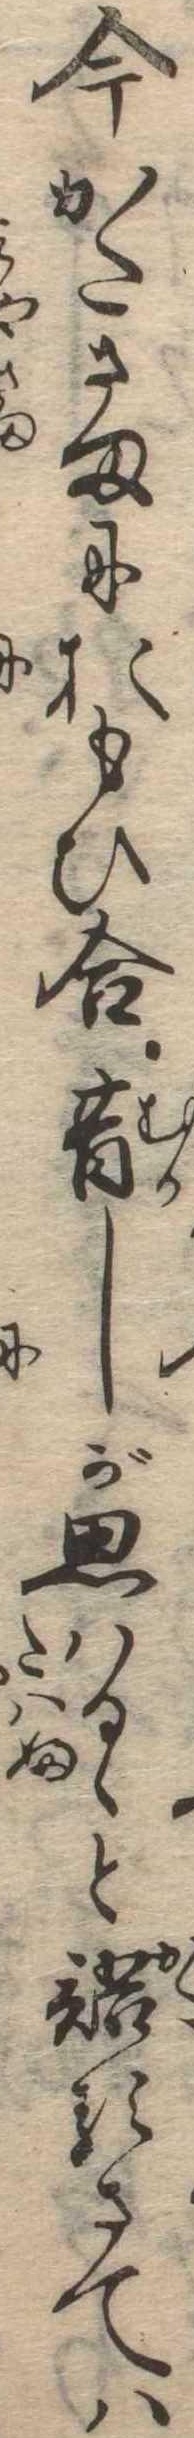
今かたさまにおもひ合昔しが思はるゝと語るさては